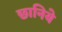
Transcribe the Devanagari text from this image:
छानिये